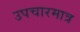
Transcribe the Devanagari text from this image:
उपचारमात्र